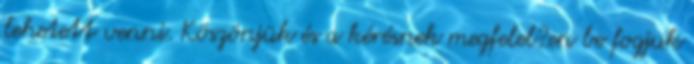
lehetett venni. Köszönjük és a kérésnek megfelel?en be fogjuk